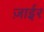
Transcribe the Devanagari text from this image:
ज़ाईर